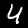
Label: 4